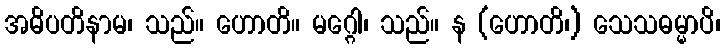
အဓိပတိနာမ၊ သည်။ ဟောတိ။ မဂ္ဂေါ၊ သည်။ န (ဟောတိ၊) သေသဓမ္မာပိ၊